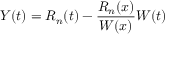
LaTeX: Y ( t ) = R _ { n } ( t ) - { \frac { R _ { n } ( x ) } { W ( x ) } } W ( t )